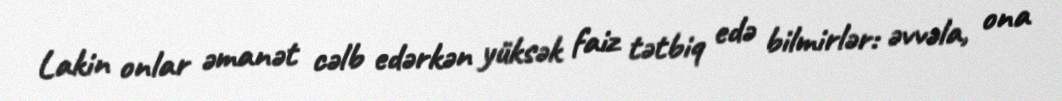
Lakin onlar əmanət cəlb edərkən yüksək faiz tətbiq edə bilmirlər: əvvəla, ona